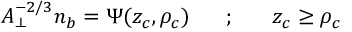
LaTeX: A _ { \perp } ^ { - 2 / 3 } n _ { b } = \Psi ( z _ { c } , \rho _ { c } ) ~ ~ ~ ~ ~ ; ~ ~ ~ ~ ~ z _ { c } \geq \rho _ { c }